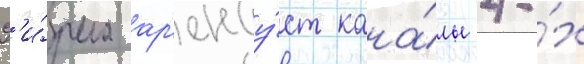
Ф'и́рма ар'енду́ет кана́лы 4-х